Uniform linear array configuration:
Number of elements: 12
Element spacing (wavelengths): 1
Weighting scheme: blackman
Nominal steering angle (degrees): -45
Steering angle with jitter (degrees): -43.068
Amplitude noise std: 0.05
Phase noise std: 0.05

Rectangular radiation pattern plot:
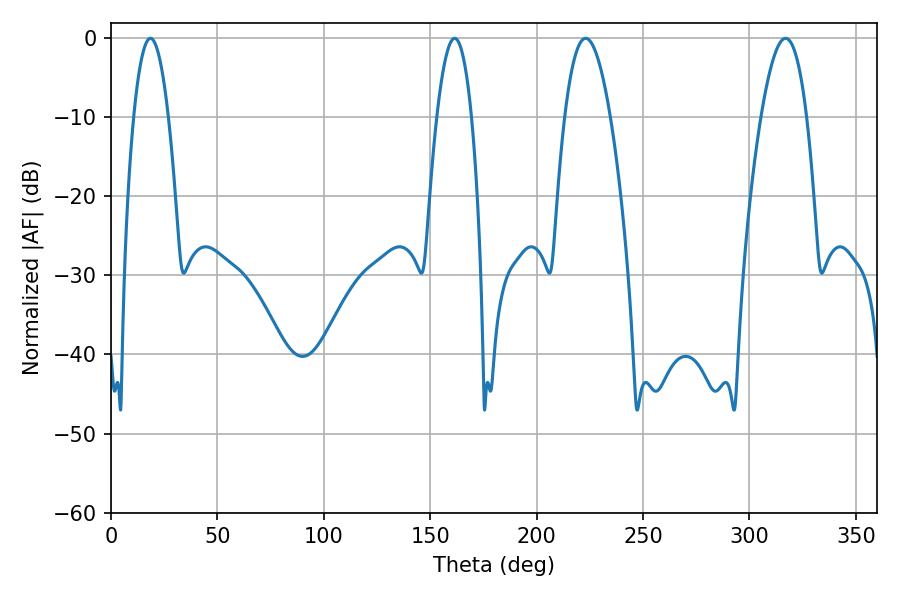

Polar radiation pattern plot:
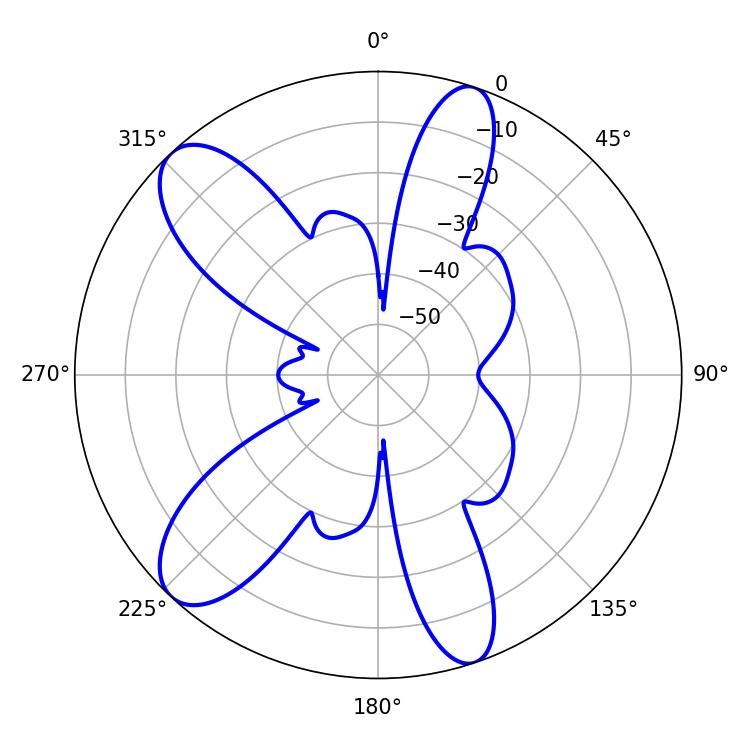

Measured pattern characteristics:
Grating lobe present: TRUE
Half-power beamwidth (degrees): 11.7
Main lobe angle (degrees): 223.02